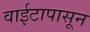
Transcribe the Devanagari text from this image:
वाईटापासून